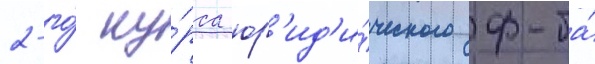
2-го́ ку́рса юр'ид'и́ческого ф-та́